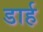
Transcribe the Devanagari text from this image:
डार्ह